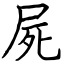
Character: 屍